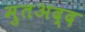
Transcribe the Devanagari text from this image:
मुतअद्द